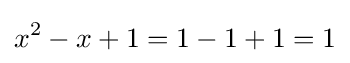
x^{2}-x+1=1-1+1=1